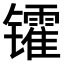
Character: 𫔓